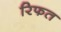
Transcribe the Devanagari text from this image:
रिफत